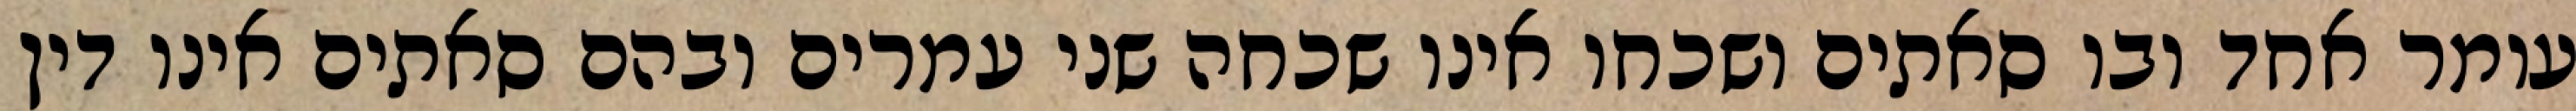
עומר אחד ובו סאתים ושכחו אינו שכחה שני עמרים ובהם סאתים אינו דין